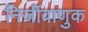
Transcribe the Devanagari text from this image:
निर्जीवाणुक